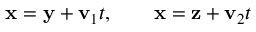
{ \bf x } = { \bf y } + { \bf v } _ { 1 } t , \qquad { \bf x } = { \bf z } + { \bf v } _ { 2 } t